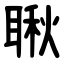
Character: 䎿